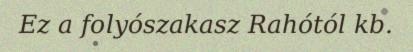
Ez a folyószakasz Rahótól kb.